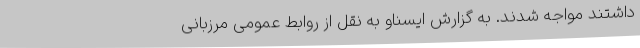
داشتند مواجه شدند. به گزارش ایسناو به نقل از روابط عمومی مرزبانی